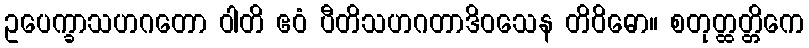
ဥပေက္ခာသဟဂတော ဝါတိ ဧဝံ ပီတိသဟဂတာဒိဝသေန တိဝိဓော။ စတုတ္ထတ္တိကေ